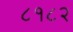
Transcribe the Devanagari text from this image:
८१८२